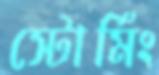
স্টোর্মিং